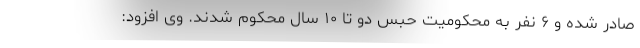
صادر شده و ۶ نفر به محکومیت حبس دو تا ۱۰ سال محکوم شدند. وی افزود: